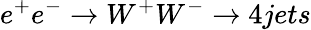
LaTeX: e^{+}e^{-}\rightarrow W^{+}W^{-}\rightarrow 4jets